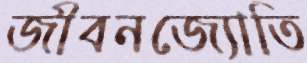
জীবনজ্যোতি